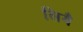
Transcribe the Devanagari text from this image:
लियै